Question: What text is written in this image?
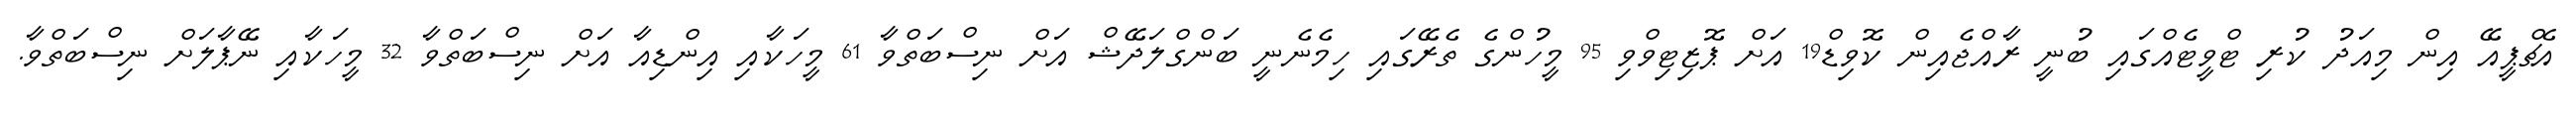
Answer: އެޗްޕީއޭ އިން މިއަދު ކުރި ޓްވީޓެއްގައި ބުނީ ރާއްޖެއިން ކޮވިޑް19 އަށް ޕޮޒިޓިވްވި 95 މީހުންގެ ތެރޭގައި ހިމެނެނީ ބަންގްލަދޭޝް އަށް ނިސްބަތްވާ 61 މީހަކާއި އިންޑިއާ އަށް ނިސްބަތްވާ 32 މީހަކާއި ނޭޕާލަށް ނިސްބަތްވާ.